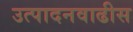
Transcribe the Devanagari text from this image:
उत्पादनवाढीस